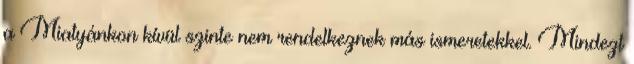
a Miatyánkon kívül szinte nem rendelkeznek más ismeretekkel. Mindezt